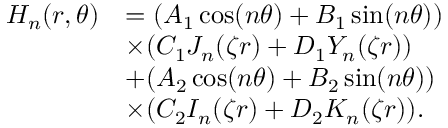
\begin{array} { r l } { H _ { n } ( r , \theta ) } & { = ( A _ { 1 } \cos ( n \theta ) + B _ { 1 } \sin ( n \theta ) ) } \\ & { \times ( C _ { 1 } J _ { n } ( \zeta r ) + D _ { 1 } Y _ { n } ( \zeta r ) ) } \\ & { + ( A _ { 2 } \cos ( n \theta ) + B _ { 2 } \sin ( n \theta ) ) } \\ & { \times ( C _ { 2 } I _ { n } ( \zeta r ) + D _ { 2 } K _ { n } ( \zeta r ) ) . } \end{array}